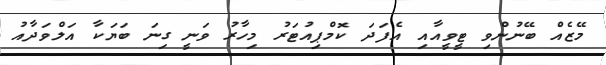
މޭޒެއް ބޭނުންވި ޓީވީއާއި އެފަދަ ކޮމްޕިއުޓަރު މިހާރު ވަނީ ގިނަ ބަޔަކާ އަލްވަދާއު